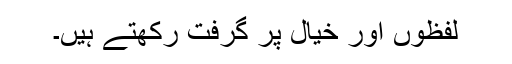
لفظوں اور خیال پر گرفت رکھتے ہیں۔